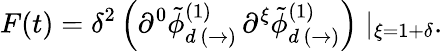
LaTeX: F(t)=\delta^{2}\left(\partial^{0}\tilde{\phi}_{d\, (\rightarrow)}^{(1)}\, \partial^{\xi}\tilde{\phi}_{d\, (\rightarrow)}^{(1)}\right)\mid_{\xi=1+\delta}.